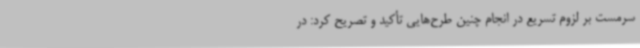
سرمست بر لزوم تسریع در انجام چنین طرح‌هایی تأکید و تصریح کرد: در